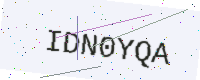
Text: IDN0YQA